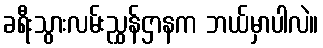
ခရီးသွားလမ်းညွှန်ဌာနက ဘယ်မှာပါလဲ။